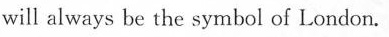
will always be the symbol of London.